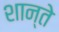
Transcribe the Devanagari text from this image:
शान्ते